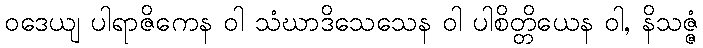
ဝဒေယျ ပါရာဇိကေန ဝါ သံဃာဒိသေသေန ဝါ ပါစိတ္တိယေန ဝါ, နိသဇ္ဇံ